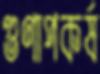
গুণাপকর্ষ